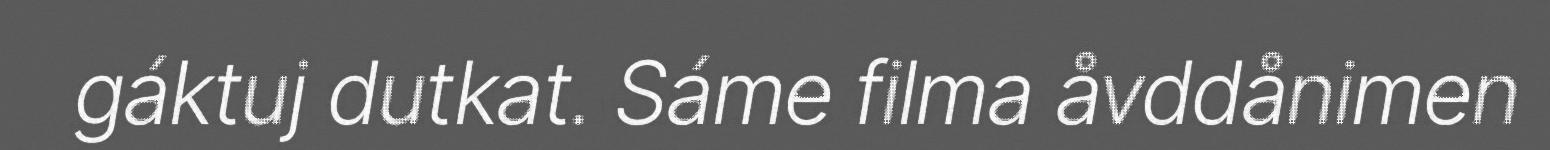
gáktuj dutkat. Sáme filma åvddånimen